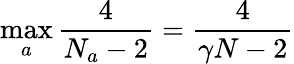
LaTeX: \operatorname*{max}_{a}\frac{4}{N_{a}-2}=\frac{4}{\gamma N-2}